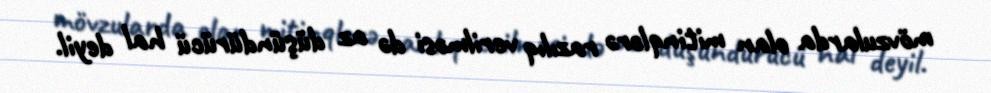
mövzularda olan mitinqlərə razılıq verilməsi də az düşündürücü hal deyil.